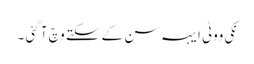
نکی ووٹی ایہہ سن کے سکتے وچ آ گئی ۔